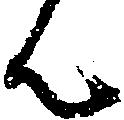
ん